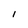
Character: l